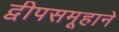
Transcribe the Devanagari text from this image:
द्वीपसमूहाने